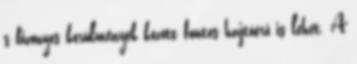
s bizonyos körülmények között fontos hajtóerő is lehet. A